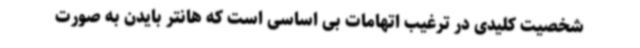
شخصیت کلیدی در ترغیب اتهامات بی اساسی است که هانتر بایدن به صورت